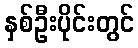
နှစ်ဦးပိုင်းတွင်